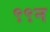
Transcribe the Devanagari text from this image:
९९न